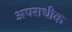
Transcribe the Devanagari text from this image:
अपराधीक